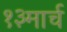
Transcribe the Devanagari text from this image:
१३मार्च